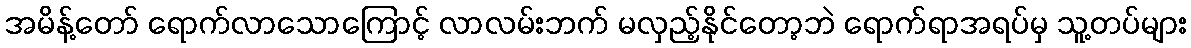
အမိန့်တော် ရောက်လာသောကြောင့် လာလမ်းဘက် မလှည့်နိုင်တော့ဘဲ ရောက်ရာအရပ်မှ သူ့တပ်များ